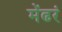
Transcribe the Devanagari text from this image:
मेंढरं